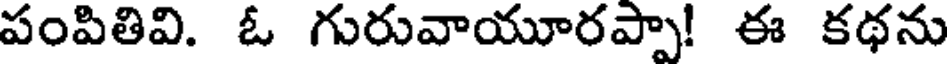
పంపితివి. ఓ గురువాయూరప్పా! ఈ కథను